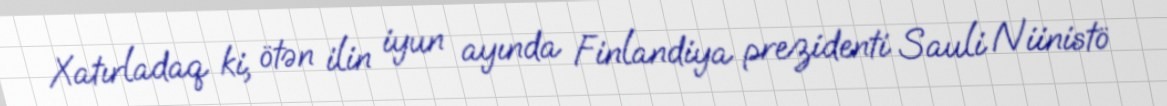
Xatırladaq ki, ötən ilin iyun ayında Finlandiya prezidenti Sauli Niinistö